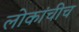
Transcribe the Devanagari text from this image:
लोकांचीच